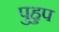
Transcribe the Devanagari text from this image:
पुहुप